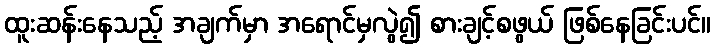
ထူးဆန်းနေသည့် အချက်မှာ အရောင်မှလွဲ၍ စားချင့်စဖွယ် ဖြစ်နေခြင်းပင်။